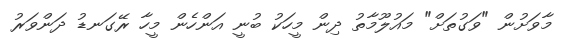
މާވަށުން "ވަގުތަށް" މައުލޫމާތު ދިން މީހަކު ބުނީ އަންހެން މީހާ ރޭގަނޑު ދަންވަރު